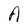
Character: A